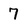
Character: 7